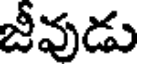
జీవుడు